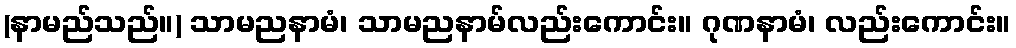
(နာမည်သည်။) သာမညနာမံ၊ သာမညနာမ်လည်းကောင်း။ ဂုဏနာမံ၊ လည်းကောင်း။